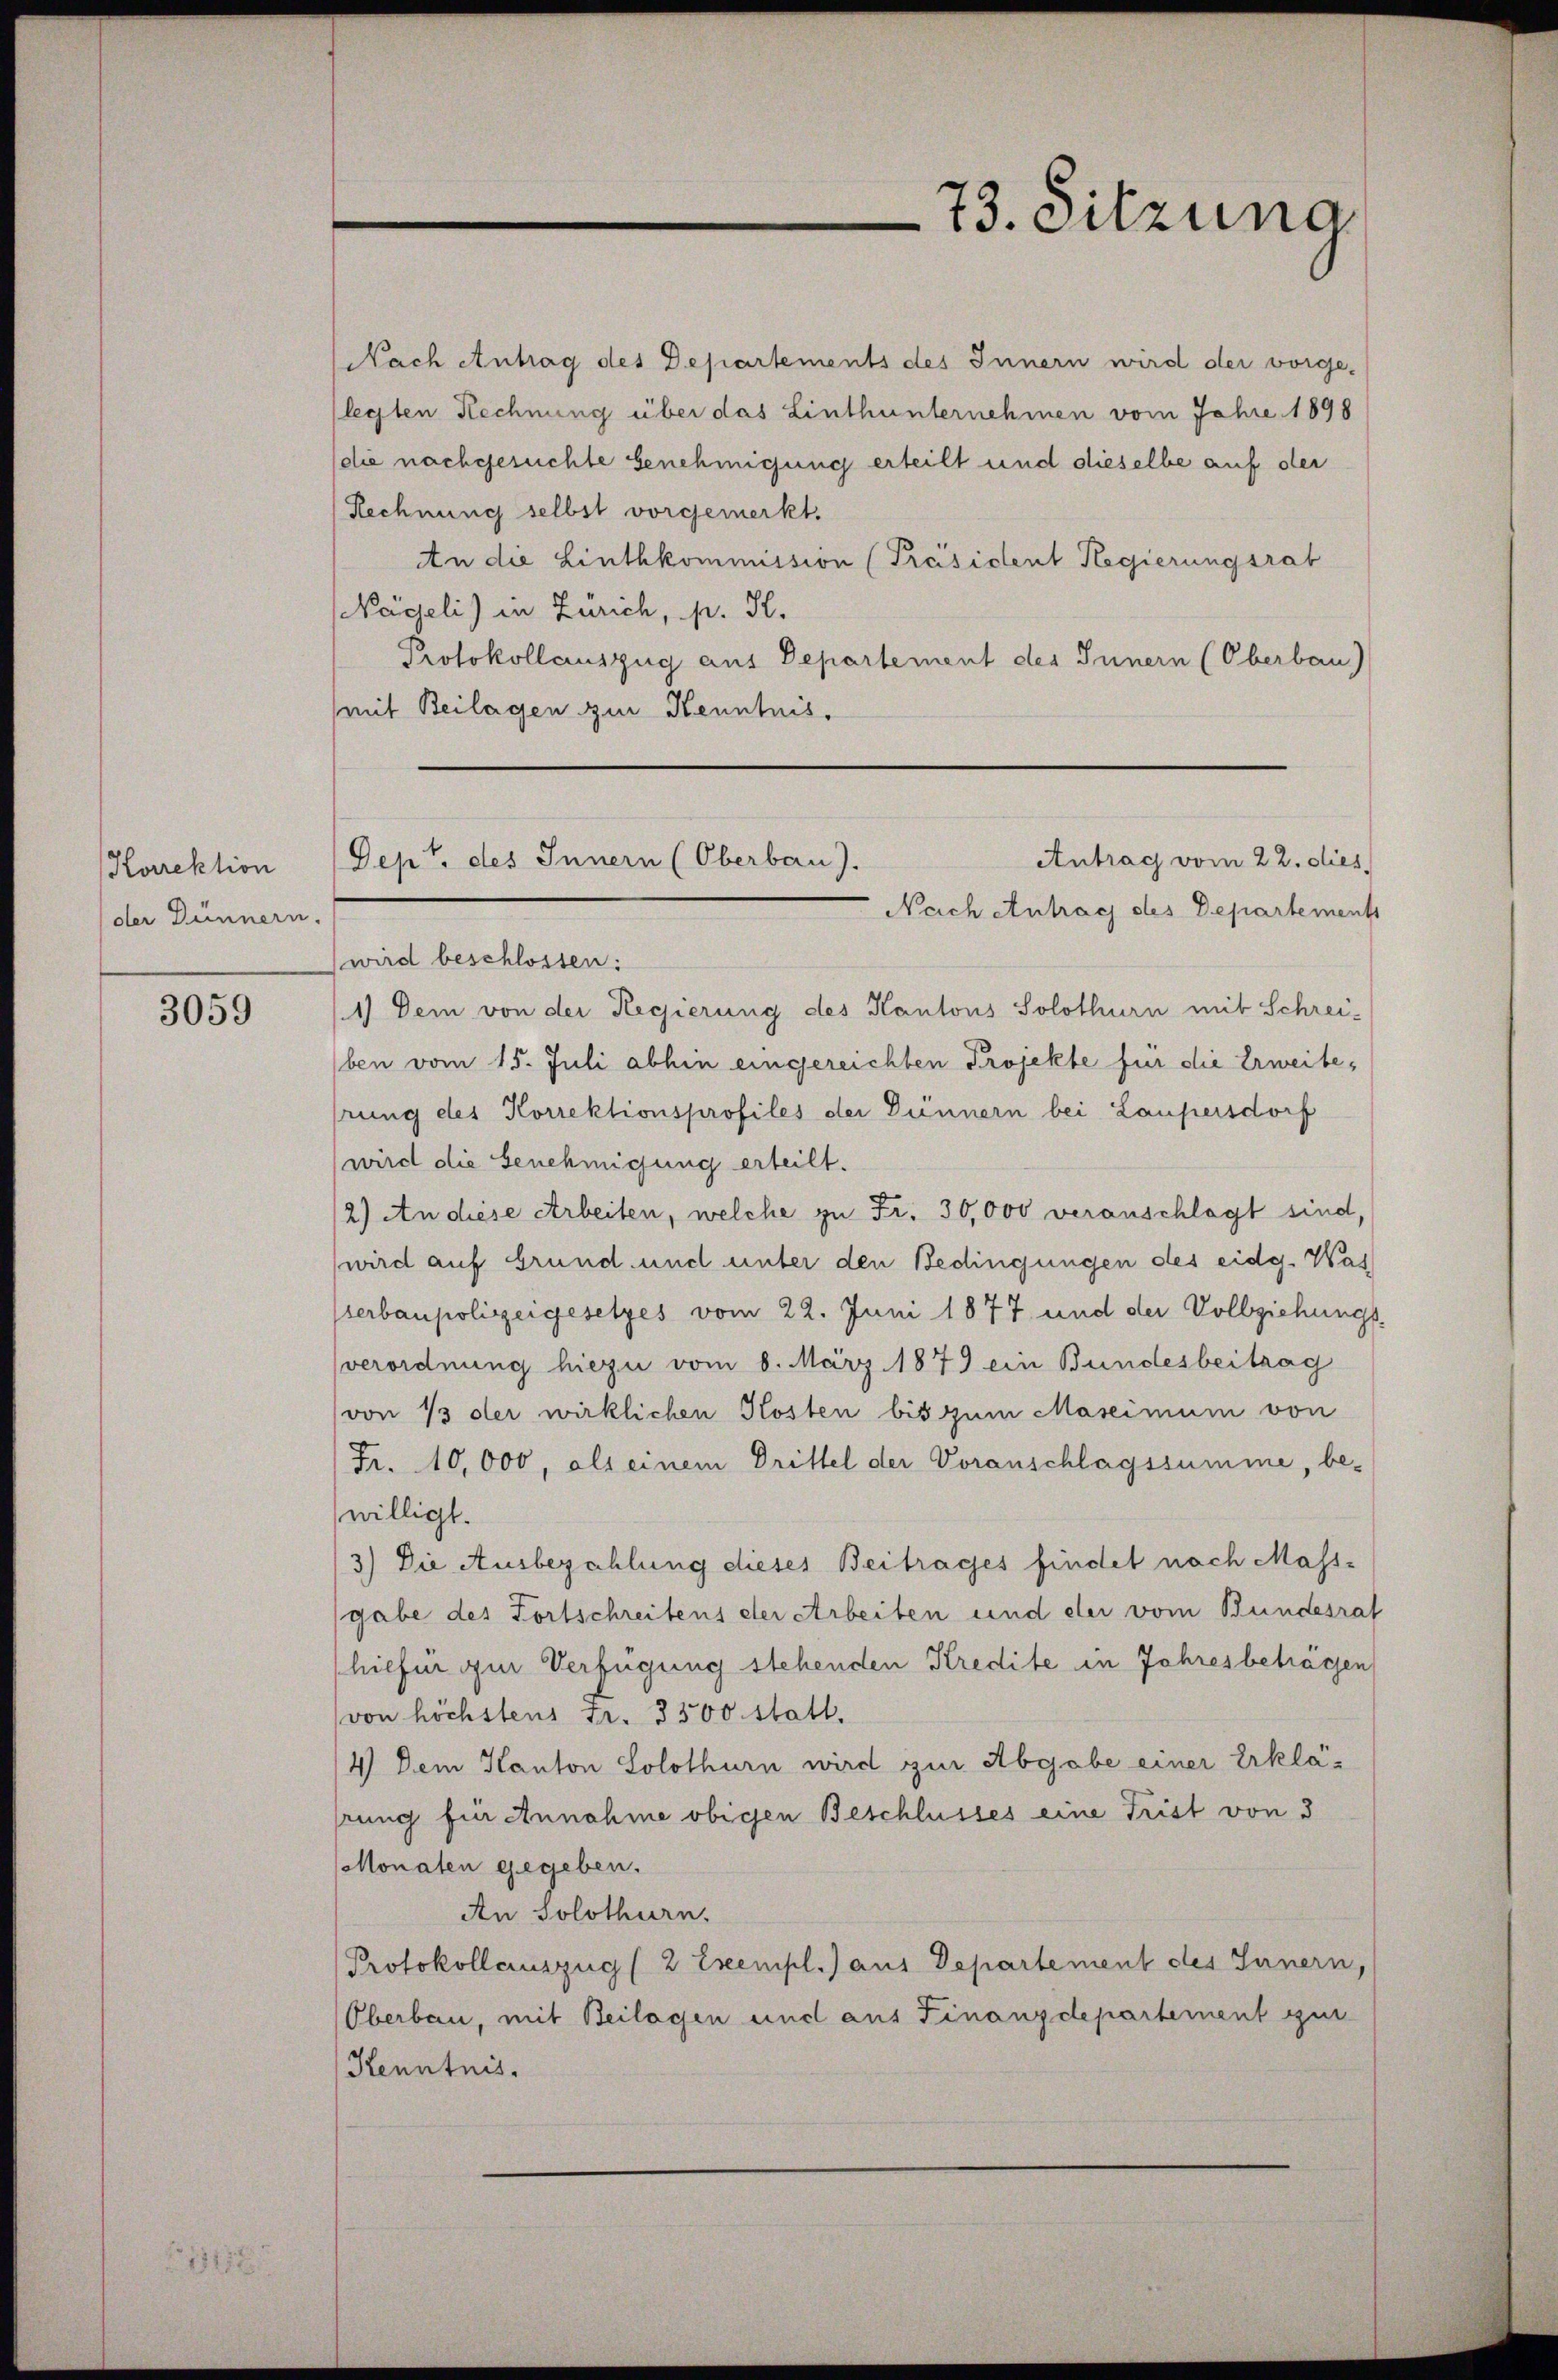
Horrektion
der Dunnern.

3059

Nach Antrag des Departements des Innern wird der vorge-
legten Rechnung über das Linthunternehmen vom Jahre 1898
die nachgesuchte Genehmigung erteilt und dieselbe auf der
Rechnung selbst vorgemerkt.
An die Linthkommission (Präsident Regierungsrat
Nägeli) in Zürich, p. H.
Protokollauszug aus Departement der Innern (Oberbau)
mit Beilagen zur Kenntnis.

wird beschlossen:
1.) Dem von der Regierung des Kantons Solothurn mit Schrei-
ben vom 15. Juli abhin eingereichten Projekte für die Erweite,
hrung des Korrektionsprofiles der Dünnern bei Laupersdorf
wird die Genehmigung erteilt.
2) An diese Arbeiten, welche zu Fr. 30,000 veranschlägt sind,
wird auf Grund und unter den Bedingungen des eidg. Was
serbaupolizeigesetzes vom 22. Juni 1877 und der Vollziehungs-
verordnung hiezu vom 8. März 1879 ein Bundesbeitrag
von 13 der wirklichen Kosten bis zum Maseimum von
Fr. 10,000, als einem Drittel der Voranschlagssumme, be-
willigt.
3) Die Ausbezahlung dieses Beitrages findet nach Mass-
gabe des Fortschreitens der Arbeiten und der vom Bundesrat
hiefür zur Verfügung stehenden Kredite in Jahresbeträgen
von höchstens Fr. 3300 statt.
4) Dem Kanton Solothurn wird zur Abgabe einer Erklä-
rung für Annahme obigen Beschlusses eine Frist von 3
Monaten gegeben.
An Solothurn.
Protokollauszug (2 Exempl. aus Departement des Innern,
Oberbau, mit Beilagen und aus Finanzdepartement gut
Kenntnis.
e

73. Sitzung

Antrag vom 22. dies
Dept. des Innern (Oberbau).
Nach Antrag des Departements